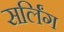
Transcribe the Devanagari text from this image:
सर्लिंग